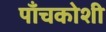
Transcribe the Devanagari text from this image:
पाँचकोशी